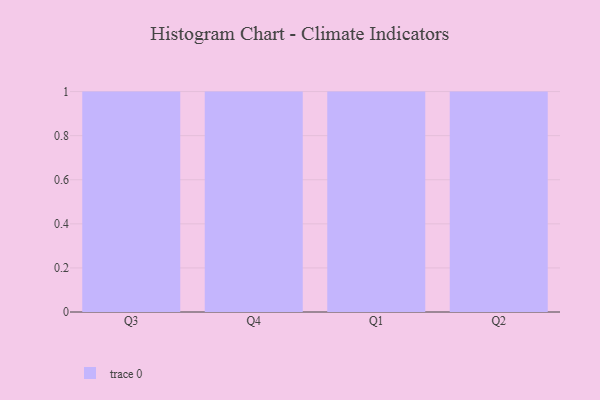
{"axis": {"x": "Quarter", "y": "Customer Acquisition Cost (USD)"}, "legend": [""], "data": [{"x": "Q3", "y": 95, "type": ""}, {"x": "Q4", "y": 91, "type": ""}, {"x": "Q1", "y": 88, "type": ""}, {"x": "Q2", "y": 97, "type": ""}]}